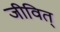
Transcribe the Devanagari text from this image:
जीवित्